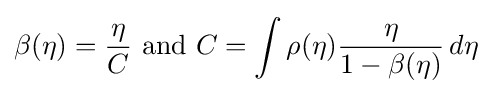
\beta (\eta )={\frac {\eta }{C}}{\text{ and }}C=\int \rho (\eta ){\frac {\eta }{1-\beta (\eta )}}\,d\eta